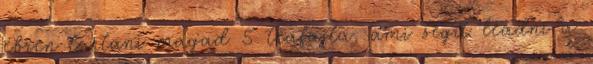
ébren tartani magad 5 teafajta, ami segít leadni a